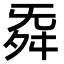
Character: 𮎁